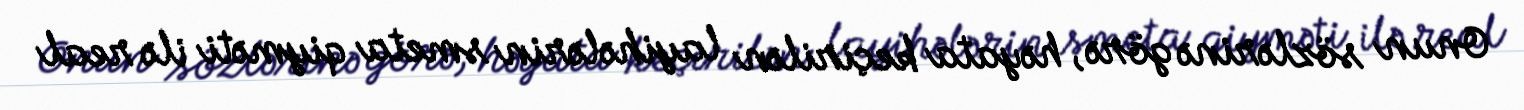
Onun sözlərinə görə, həyata keçirilən layihələrin smeta qiyməti ilə real